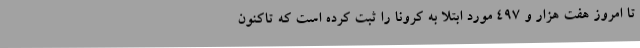
تا امروز هفت هزار و 497 مورد ابتلا به کرونا را ثبت کرده است که تاکنون